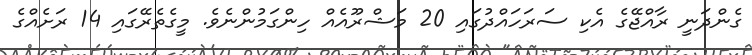
ގެންދަނީ ރާއްޖޭގެ އެކި ސަރަހައްދުގައި 20 މަޝްރޫއެއް ހިންގަމުންނެވެ. މީގެތެރޭގައި 14 ރަށެއްގެ